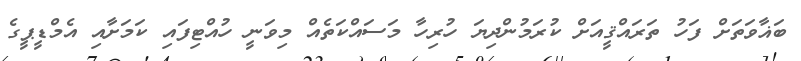
ބަޣާވަތަށް ފަހު ތަރައްޤީއަށް ކުރަމުންދިޔަ ހުރިހާ މަސައްކަތެއް މިވަނީ ހުއްޓިފައި ކަމަށާއި އެމްޑީޕީގެ